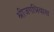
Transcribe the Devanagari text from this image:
श्रीजगन्निवास